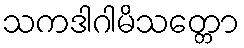
သကဒါဂါမိသတ္တော